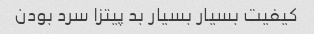
کیفیت بسیار بسیار بد پیتزا سرد بودن